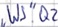
Text: "WS".Q2